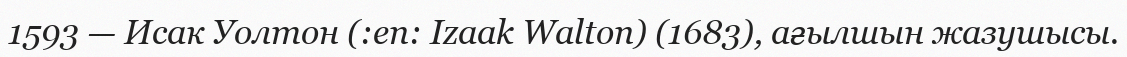
1593 — Исак Уолтон (:en: Izaak Walton) (1683), ағылшын жазушысы.